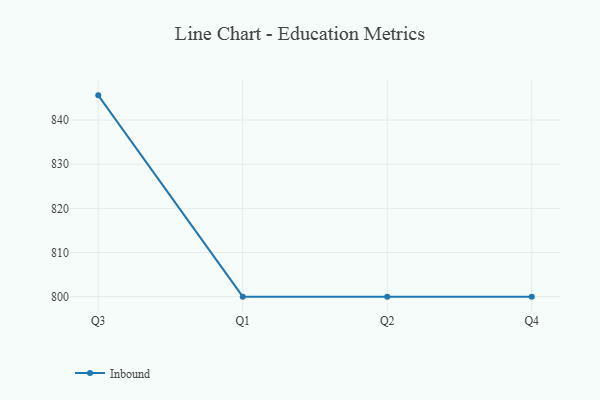
{"axis": {"x": "Quarter", "y": "Bounce Rate (%)"}, "legend": ["Inbound"], "data": [{"x": "Q3", "y": 845.6, "type": "Inbound"}, {"x": "Q1", "y": 800, "type": "Inbound"}, {"x": "Q2", "y": 800, "type": "Inbound"}, {"x": "Q4", "y": 800, "type": "Inbound"}]}